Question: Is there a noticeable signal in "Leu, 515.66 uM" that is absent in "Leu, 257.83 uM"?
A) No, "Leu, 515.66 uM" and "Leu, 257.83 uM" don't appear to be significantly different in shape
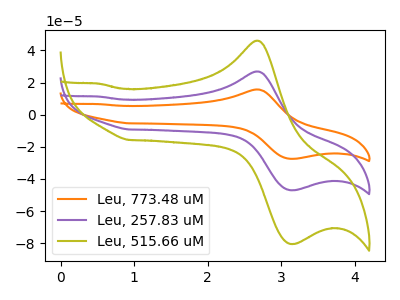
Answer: <think>The orange curve "Leu, 773.48 uM" has an anodic peak at (2.65V, 53.85uA) and a cathodic peak at (3.20V, -93.95uA). The purple curve "Leu, 257.83 uM" has an anodic peak at (2.65V, 26.95uA) and a cathodic peak at (3.20V, -47.00uA). The olive curve "Leu, 515.66 uM" has an anodic peak at (2.65V, 46.10uA) and a cathodic peak at (3.20V, -80.45uA).
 All the peaks in "Leu, 515.66 uM" have a peak in "Leu, 257.83 uM" at the same potential. Every peak in "Leu, 515.66 uM" is higher than every peak in "Leu, 257.83 uM".</think>
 <answer>A) No, "Leu, 515.66 uM" and "Leu, 257.83 uM" don't appear to be significantly different in shape</answer>
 <eval>A</eval>